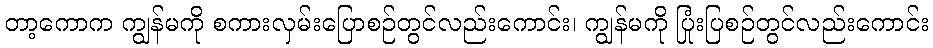
တာ့ကောက ကျွန်မကို စကားလှမ်းပြောစဉ်တွင်လည်းကောင်း၊ ကျွန်မကို ပြုံးပြစဉ်တွင်လည်းကောင်း